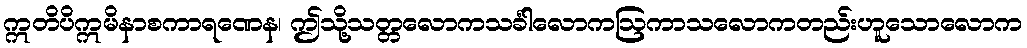
ဣတိပိဣမိနာစကာရဏေန၊ ဤသို့သတ္တလောကသင်္ခါလောကဩကာသလောကတည်းဟူသောလောက